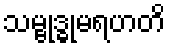
သမ္ဗုဒ္ဓုမရဟတိ